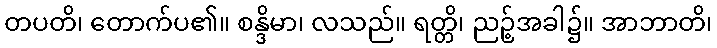
တပတိ၊ တောက်ပ၏။ စန္ဒိမာ၊ လသည်။ ရတ္တိ၊ ညဉ့်အခါ၌။ အာဘာတိ၊